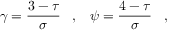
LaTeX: \gamma = \frac { 3 - \tau } { \sigma } \, \, \, \, \, , \, \, \, \, \, \psi = \frac { 4 - \tau } { \sigma } \, \, \, \, \, , \, \, \, \, \,